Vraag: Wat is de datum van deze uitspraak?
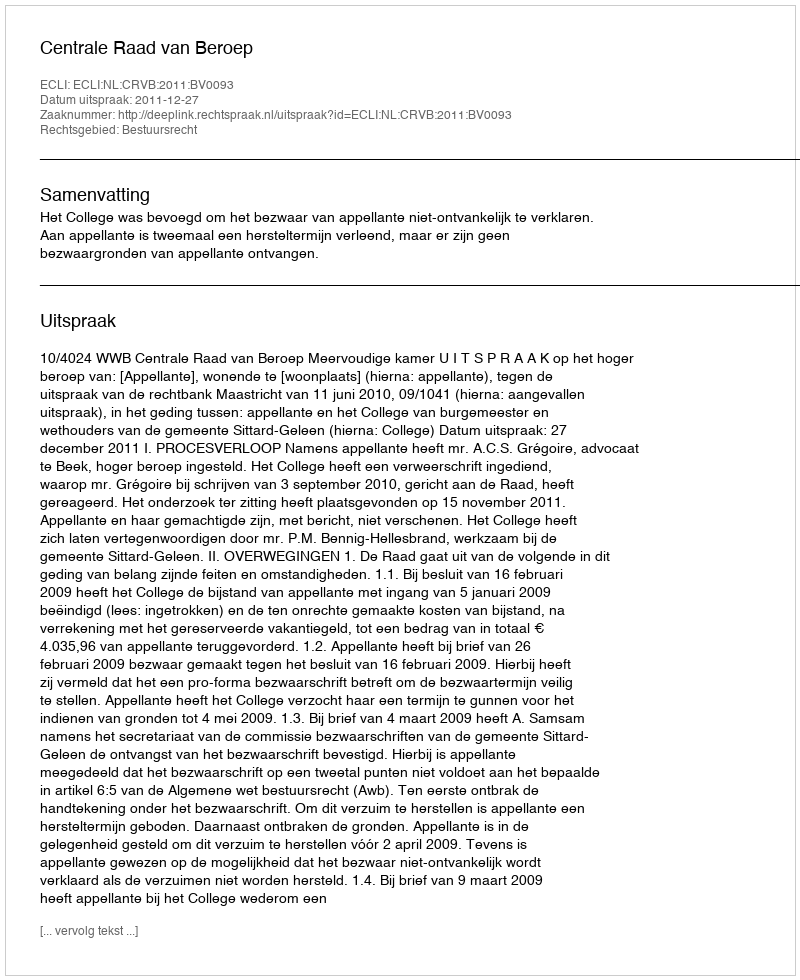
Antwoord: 2011-12-27